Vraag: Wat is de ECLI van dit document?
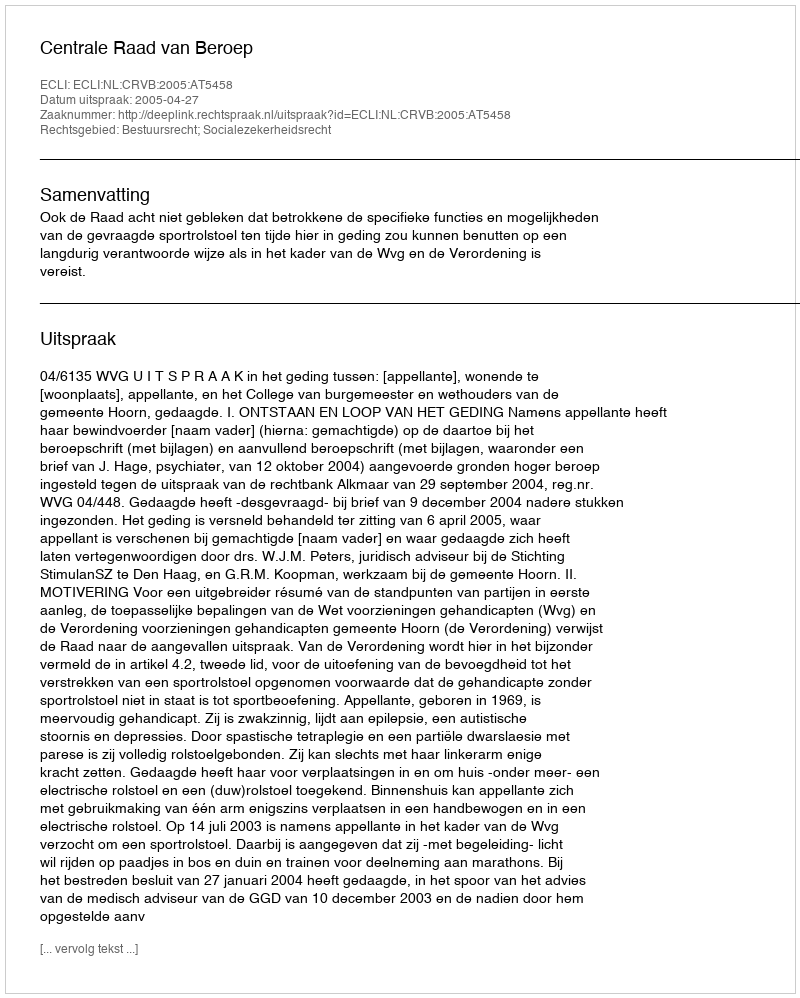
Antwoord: ECLI:NL:CRVB:2005:AT5458